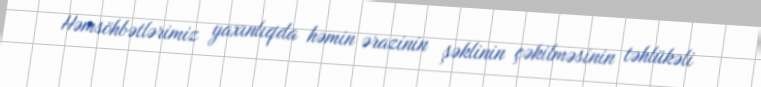
Həmsöhbətlərimiz yaxınlıqda həmin ərazinin şəklinin çəkilməsinin təhlükəli